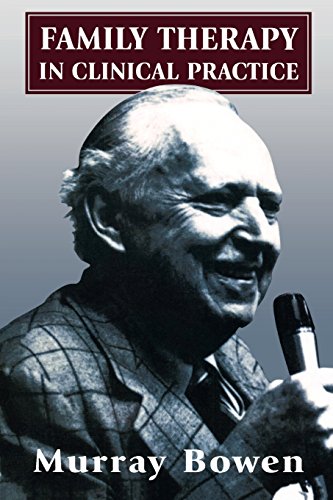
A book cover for Family Therapy in Clinical Practice; Murray Bowen; Medical Books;